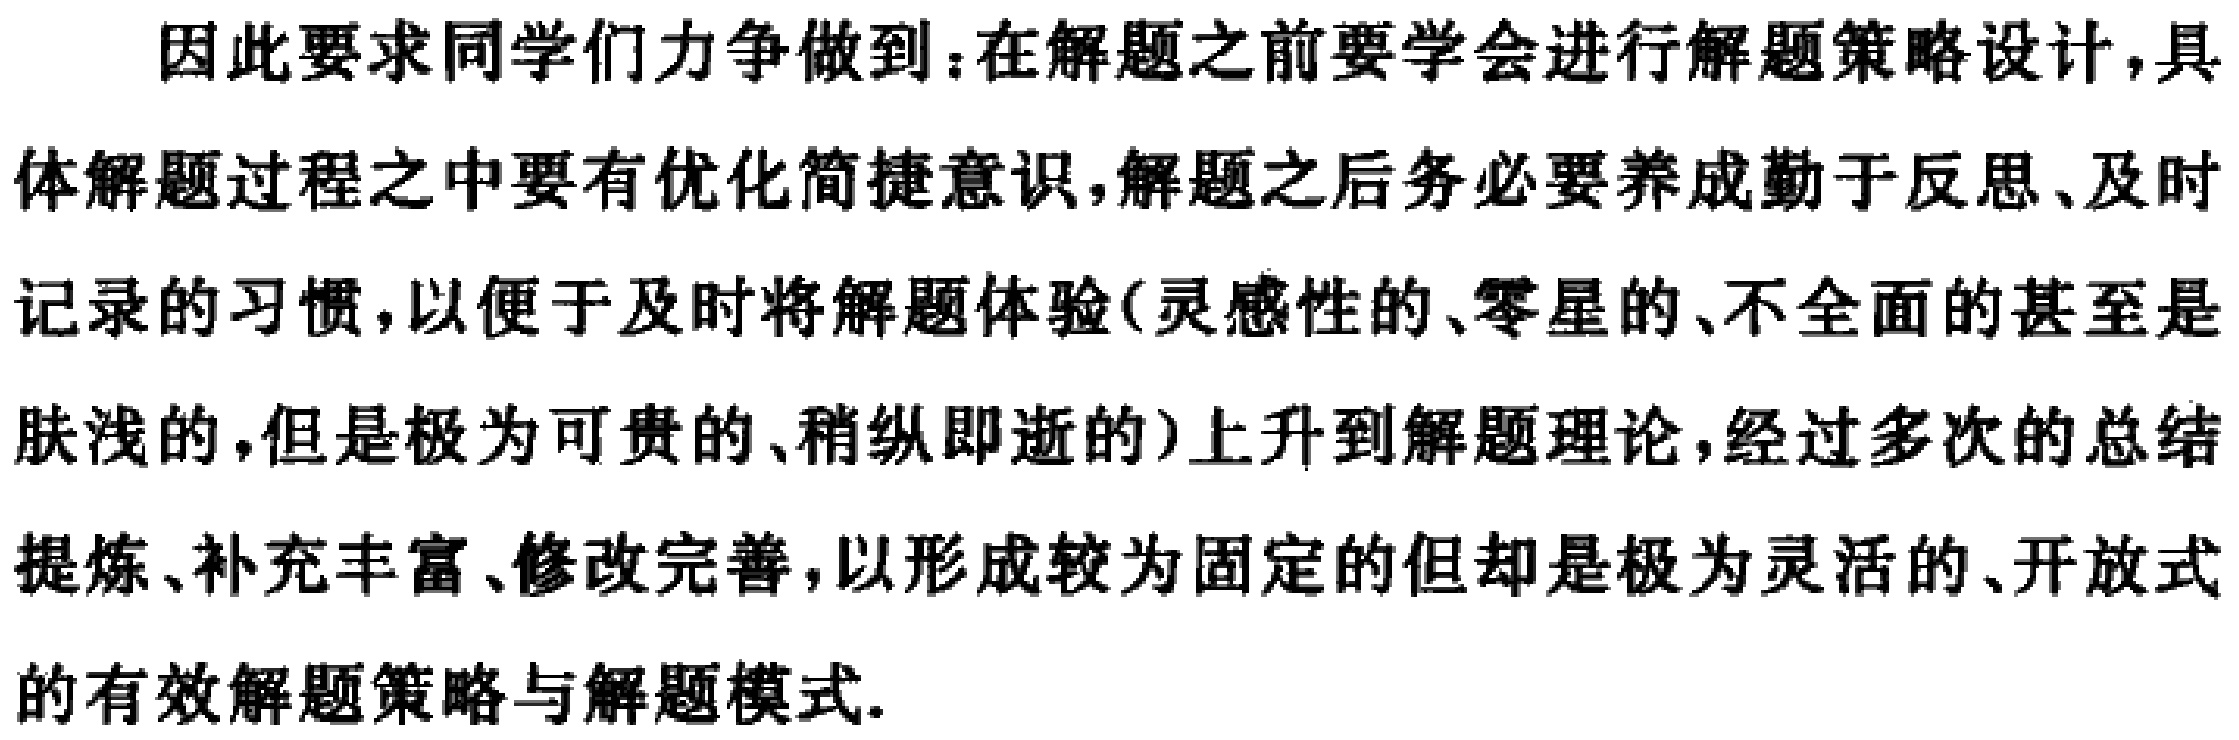
因此要求同学们力争做到：在解题之前要学会进行解题策略设计，具体解题过程之中要有优化简捷意识，解题之后务必要养成勤于反思、及时记录的习惯，以便于及时将解题体验(灵感性的、零星的、不全面的甚至是肤浅的，但是极为可贵的、稍纵即逝的)上升到解题理论，经过多次的总结提炼、补充丰富、修改完善，以形成较为固定的但却是极为灵活的、开放式的有效解题策略与解题模式.